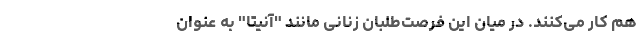
هم کار می‌کنند. در میان این فرصت‌طلبان زنانی مانند "آنیتا" به عنوان